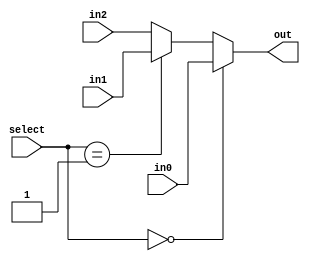
module mul3_1_16bit(
		in0, 
		in1,
		in2,
		select,
		out);
		
	input[15:0] in0, in1, in2;
	input [1:0] select;
	output[15:0] out;
	
	assign out = (select == 2'b00) ? in0 : 
 					((select == 2'b01) ? in1 :  
							in2);
	
endmodule